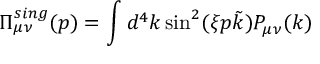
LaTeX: \Pi _ { \mu \nu } ^ { s i n g } ( p ) = \int d ^ { 4 } k \sin ^ { 2 } ( \xi p \tilde { k } ) P _ { \mu \nu } ( k )